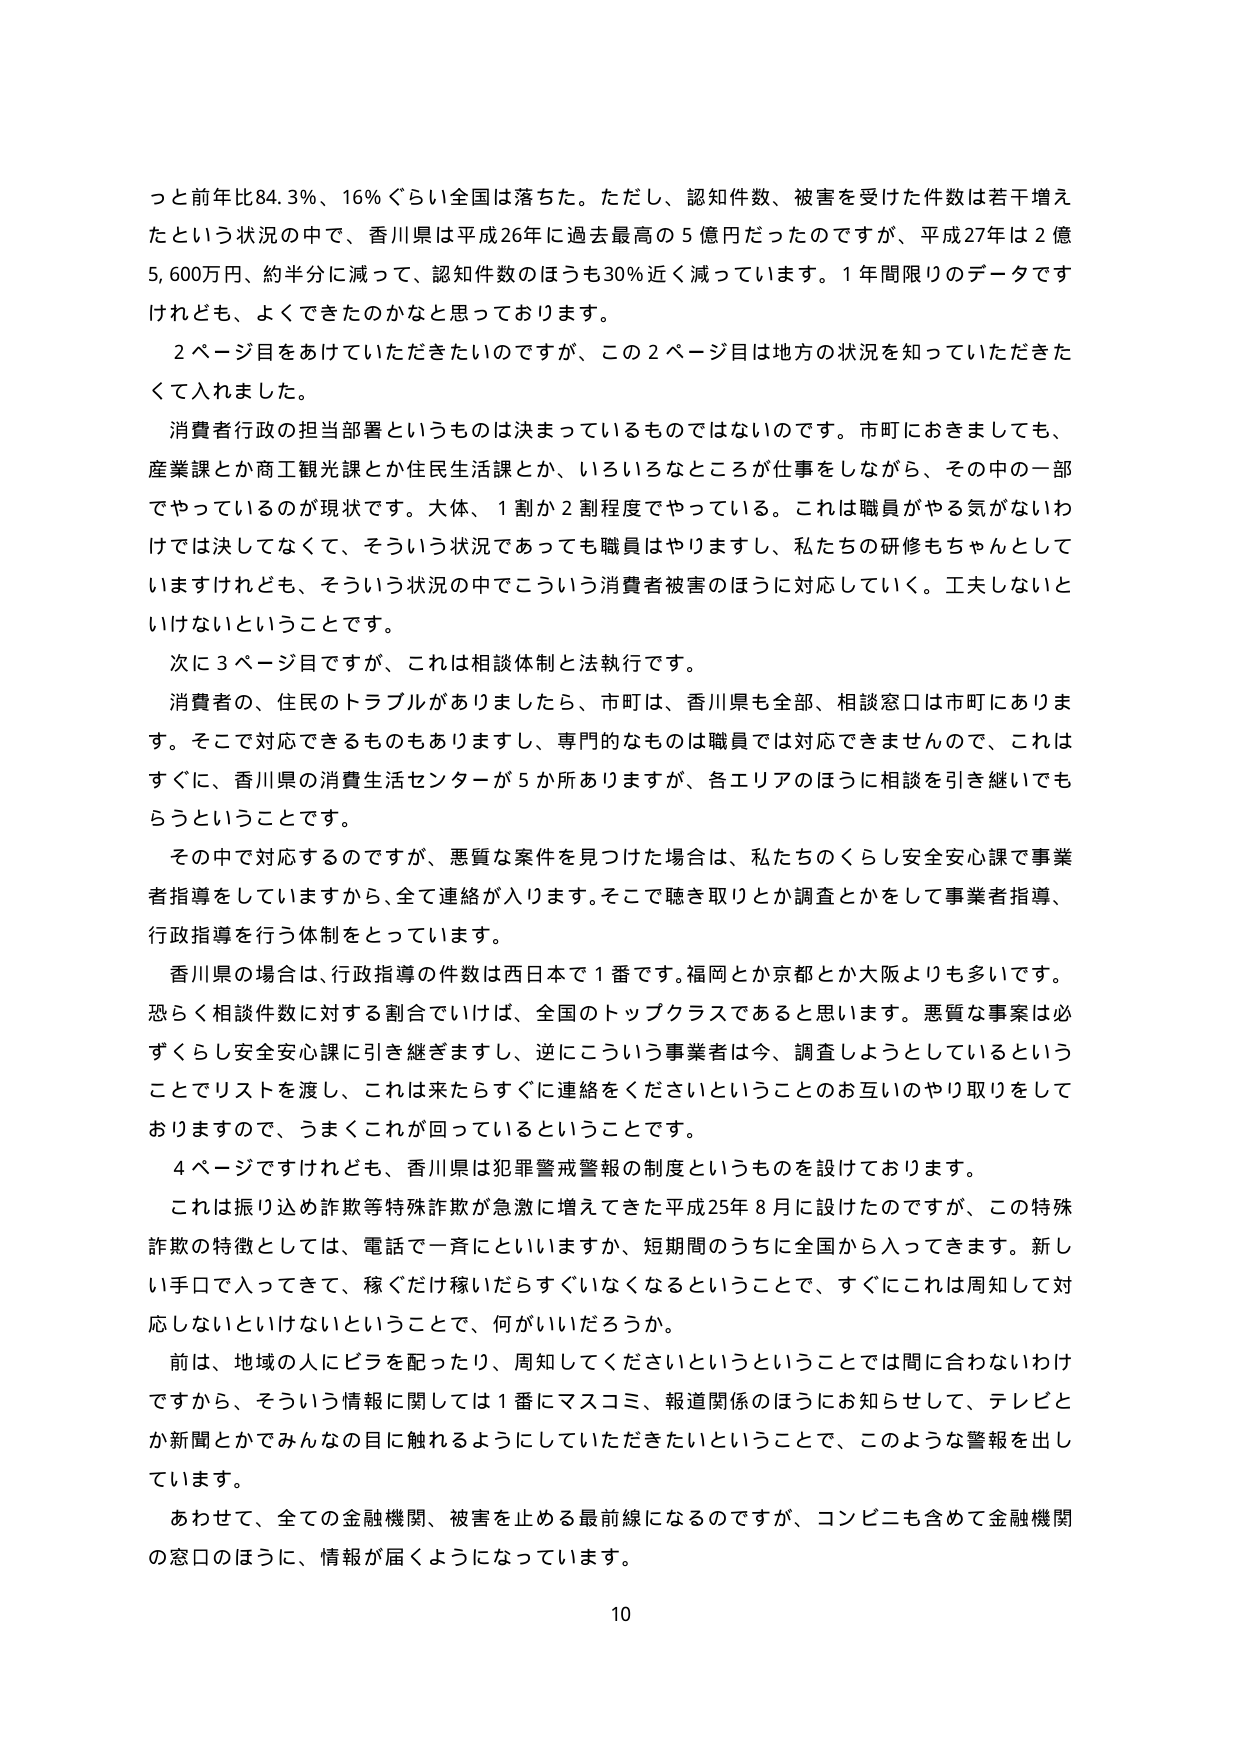
っと前年比84.3%、16%ぐらい全国は落ちた。ただし、認知件数、被害を受けた件数は若干増えたという状況の中で、香川県は平成26年に過去最高の5億円だったのですが、平成27年は2億5,600万円、約半分に減って、認知件数のほうも30%近く減っています。1年間限りのデータですけれども、よくできたのかなと思っております。

2ページ目をあけていただきたいのですが、この2ページ目は地方の状況を知っていただきたくて入りました。

消費者行政の担当部署というものは決まっているものではないのです。市町におきましても、産業課とか商工観光課とか住民生活課とか、いろいろなところが仕事をしながら、その中の一部でやっているのが現状です。大体、1割か2割程度でやっている。これは職員がやる気がないわけでは決してなくて、そういう状況であっても職員はやりますし、私たちの研修もちゃんととしていますけれども、そういう状況の中でこういう消費者被害のほうに対応していく。工夫しないといけないということです。

次に3ページ目ですが、これは相談体制と法執行です。

消費者の、住民のトラブルがありましたら、市町は、香川県も全部、相談窓口は市町にあります。そこで対応できるものもありますし、専門的なものは職員では対応できませんので、これはすぐに、香川県の消費生活センターが5か所ありますか、各エリアのほうに相談を引き継いでもらうということです。

その中で対応するのですが、悪質な案件を見つけた場合は、私たちのくらし安全安心課で事業者指導をしていますから、全て連絡が入ります。そこで聴き取りとか調査とかをして事業者指導、行政指導を行う体制をとっています。

香川県の場合は、行政指導の件数は西日本で1番です。福岡とか京都とか大阪よりも多いです。恐らく相談件数に対する割合でいけば、全国のトップクラスであると思います。悪質な事案は必ずくらし安全安心課に引き継ぎますし、逆にこういう事業者は今、調査しようとしているということでリストを渡し、これは来たらずぐに連絡をくださいということのお互いのやり取りをしておりますので、うまくこれが回っているということです。

4ページですけれども、香川県は犯罪警戒警報の制度というものを設けております。

これは振り込め詐欺等特殊詐欺が急激に増えてきた平成25年8月に設けたのですが、この特殊詐欺の特徴としては、電話で一斉にといいますか、短期間のうちに全国から入ってきます。新しい手口に入ってきて、稼ぐだけ稼いだらすぐいなくなるということで、すぐにこれは周知して対応しないといけないということで、何がいいだろうか。

前は、地域の人にビラを配ったり、周知してくださいというということでは間に合わないわけですから、そういう情報に関しては1番にマスコミ、報道関係のほうにお知らせして、テレビとか新聞とかでみんなの目に触れるようにしていただきたいということで、このような警報を出しています。

あわせて、全ての金融機関、被害を止める最前線になるのですが、コンビニも含めて金融機関の窓口のほうに、情報が届くようになっています。

10